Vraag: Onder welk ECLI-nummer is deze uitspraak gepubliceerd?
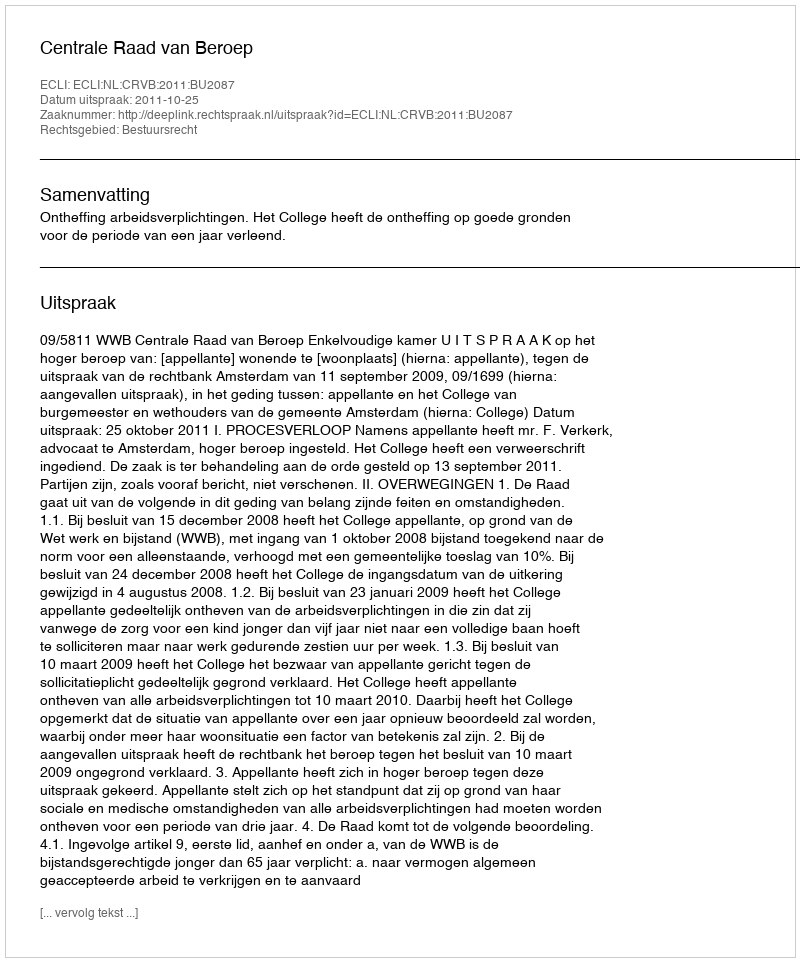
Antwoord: ECLI:NL:CRVB:2011:BU2087